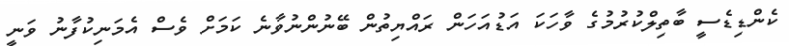
ކެންޑިޑެސީ ބާތިލްކުރުމުގެ ވާހަކަ އަޑުއަހަން ރައްޔިތުން ބޭނުންނުވާނެ ކަމަށް ވެސް އެމަނިކުފާނު ވަނީ